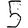
Digit: 5